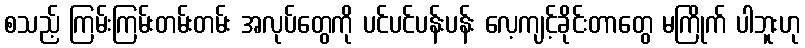
စသည့် ကြမ်းကြမ်းတမ်းတမ်း အလုပ်တွေကို ပင်ပင်ပန်းပန်း လေ့ကျင့်ခိုင်းတာတွေ မကြိုက် ပါဘူးဟု